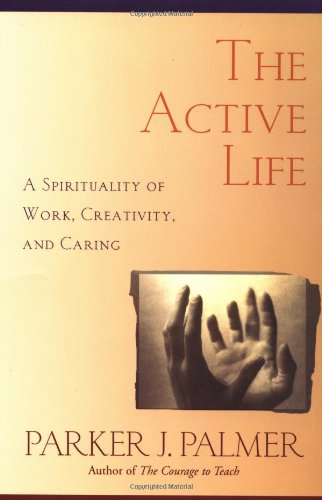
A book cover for The Active Life: A Spirituality of Work, Creativity, and Caring; Parker J. Palmer; Christian Books & Bibles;